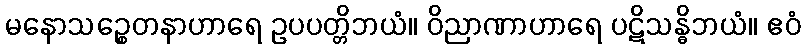
မနောသဉ္စေတနာဟာရေ ဥပပတ္တိဘယံ။ ဝိညာဏာဟာရေ ပဋိသန္ဓိဘယံ။ ဧဝံ